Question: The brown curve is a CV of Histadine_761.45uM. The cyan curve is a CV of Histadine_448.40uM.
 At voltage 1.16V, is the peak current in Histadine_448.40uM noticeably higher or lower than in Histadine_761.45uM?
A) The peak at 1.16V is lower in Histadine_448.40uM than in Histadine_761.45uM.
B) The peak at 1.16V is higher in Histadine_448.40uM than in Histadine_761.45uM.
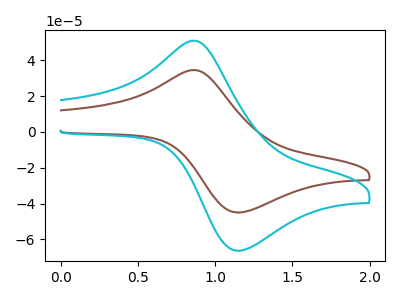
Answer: <think>The brown curve "Histadine_761.45uM" has an anodic peak at (0.85V, 34.55uA) and a cathodic peak at (1.15V, -45.00uA). The cyan curve "Histadine_448.40uM" has an anodic peak at (0.85V, 50.95uA) and a cathodic peak at (1.15V, -66.35uA).</think>
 <answer>B) The peak at 1.16V is higher in "Histadine_448.40uM" than in "Histadine_761.45uM".</answer>
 <eval>B</eval>